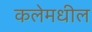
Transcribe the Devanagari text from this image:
कलेमधील